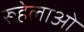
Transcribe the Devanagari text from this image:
रूहेलाओं